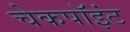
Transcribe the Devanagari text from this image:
चेकपॉइंट